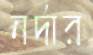
নর্দার